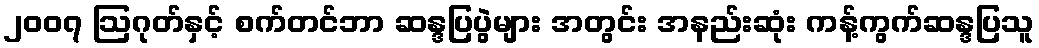
၂၀၀၇ ဩဂုတ်နှင့် စက်တင်ဘာ ဆန္ဒပြပွဲများ အတွင်း အနည်းဆုံး ကန့်ကွက်ဆန္ဒပြသူ